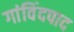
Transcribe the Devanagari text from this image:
गांविंदपाद